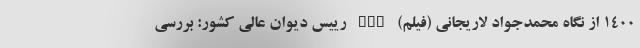
1400 از نگاه محمدجواد لاریجانی (فیلم) nan رییس دیوان عالی کشور: بررسی